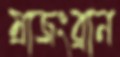
ম্রাজংব্রান